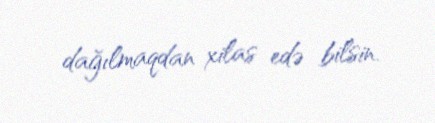
dağılmaqdan xilas edə bilsin.